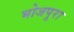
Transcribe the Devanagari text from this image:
भोजपुरा